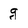
Character: g